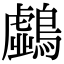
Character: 𪆛